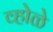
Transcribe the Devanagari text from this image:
व्होळे